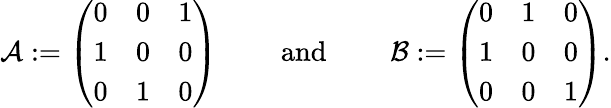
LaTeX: \begin{array}{r}{\mathcal{A}:=\left(\begin{array}{lll}{0}&{0}&{1}\\ {1}&{0}&{0}\\ {0}&{1}&{0}\end{array}\right)\qquad\mathrm{~and~}\qquad\mathcal{B}:=\left(\begin{array}{lll}{0}&{1}&{0}\\ {1}&{0}&{0}\\ {0}&{0}&{1}\end{array}\right).}\end{array}